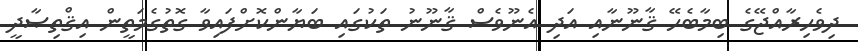
ދިވެހިރާއްޖޭގެ ބިމާބެހޭ ޤާނޫނާއި އަދި އެނޫވެސް ޤާނޫނު ތަކުގައި ބަޔާންކޮށްފައިވާ ގޮތުގެމަތީން އިޤްތިޞާދީ